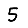
Digit: 5